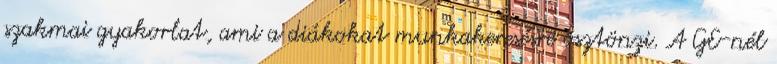
szakmai gyakorlat, ami a diákokat munkakeresésre ösztönzi. A GE-nél